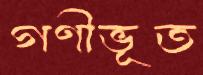
গণীভূত